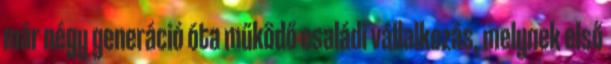
már négy generáció óta működő családi vállalkozás, melynek első